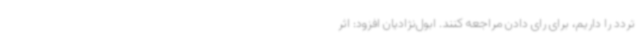
تردد را داریم، برای رای دادن مراجعه کنند. ابول‌نژادیان افزود: اثر